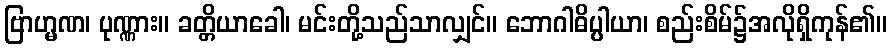
ဗြာဟ္မဏ၊ ပုဏ္ဏား။ ခတ္တိယာခေါ၊ မင်းတို့သည်သာလျှင်။ ဘောဂါဓိပ္ပါယာ၊ စည်းစိမ်၌အလိုရှိကုန်၏။